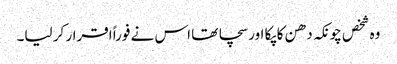
وہ شخص چونکہ دھن کا پکا اور سچا تھا اس نے فوراً اقرار کر لیا۔